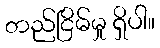
တည်ငြိမ်မှု ရှိပါ။